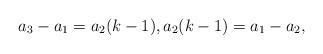
LaTeX: \begin{align*} a_3-a_1=a_2(k-1),a_2(k-1) = a_1-a_2,\end{align*}